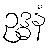
ဥဒ္ဓနံ